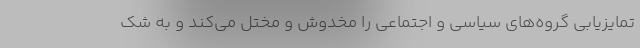
تمایزیابی گروه‌های سیاسی و اجتماعی را مخدوش و مختل می‌کند و به شک